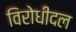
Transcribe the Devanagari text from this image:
विरोधीदल